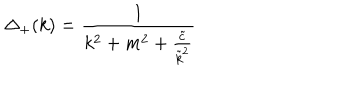
\Delta _ { + } ( k ) = \frac 1 { k ^ { 2 } + m ^ { 2 } + \frac { \tilde { c } } { \tilde { k } ^ { 2 } } }